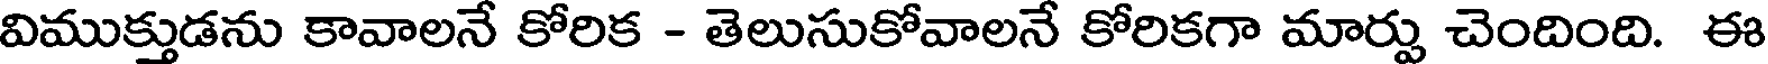
విముక్తుడను కావాలనే కోరిక - తెలుసుకోవాలనే కోరికగా మార్పు చెందింది. ఈ